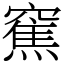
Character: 䆶